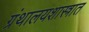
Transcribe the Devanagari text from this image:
ग्रंथालयशास्त्रात